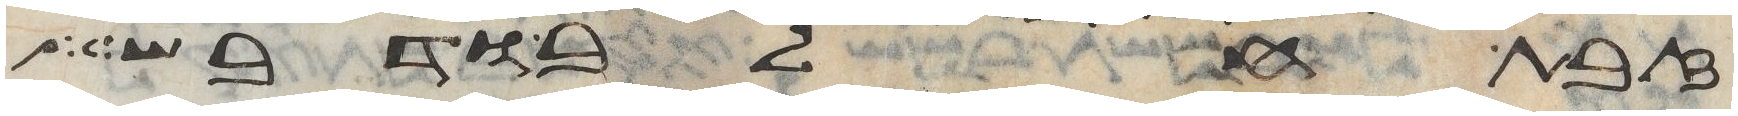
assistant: זבת חלב ודבש